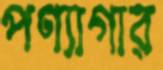
পণ্যাগার